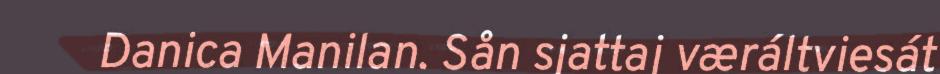
Danica Manilan. Sån sjattaj væráltviesát